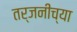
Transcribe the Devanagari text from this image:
तर्जनीच्या